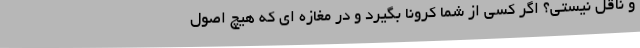
و ناقل نیستی؟ اگر کسی از شما کرونا بگیرد و در مغازه ای که هیچ اصول